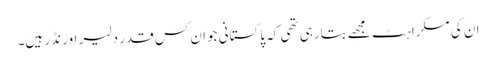
ان کی مسکراہٹ مجھے بتارہی تھی کہ پاکستانی جوان کس قدر دلیر اور نڈر ہیں۔